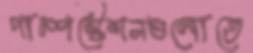
পাম্পস্টেশনগুলোতে